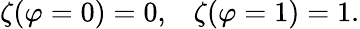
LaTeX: \zeta(\varphi=0)=0,\; \; \; \zeta(\varphi=1)=1.